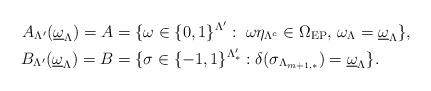
LaTeX: \begin{align*}A_{\Lambda'}(\underline \omega_\Lambda)=A & =\{\omega \in \{0,1\}^{\Lambda'}: \; \omega\eta_{\Lambda^c} \in \Omega_{\textrm{EP}}, \, \omega_{\Lambda}=\underline \omega_\Lambda\}, \\B_{\Lambda'}(\underline \omega_\Lambda)=B & =\{\sigma \in \{-1,1\}^{\Lambda'_*}: \delta(\sigma_{\Lambda_{m+1,*}})=\underline \omega_{\Lambda}\}.\end{align*}